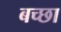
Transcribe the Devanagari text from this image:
बच्छा